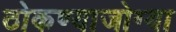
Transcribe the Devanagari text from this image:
ठोकण्याजोग्या